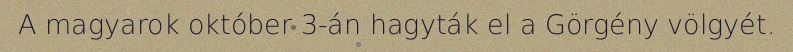
A magyarok október 3-án hagyták el a Görgény völgyét.